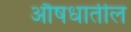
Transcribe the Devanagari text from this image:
औषधातील